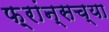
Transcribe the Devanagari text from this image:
फ़्रांन्सच्या